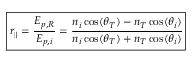
\boxed { r _ { \parallel } = \frac { E _ { p , R } } { E _ { p , i } } = \cfrac { n _ { i } \cos ( \theta _ { T } ) - n _ { T } \cos ( \theta _ { i } ) } { n _ { i } \cos ( \theta _ { T } ) + n _ { T } \cos ( \theta _ { i } ) } }